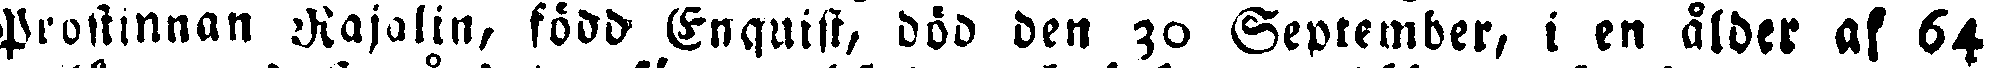
Prostinnan Rajalin, född Enquist, död den 30 September, i en ålder af 64